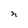
Character: n